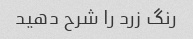
رنگ زرد را شرح دهید